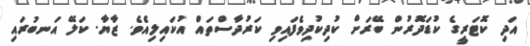
އަދި ކޮޓަރީގެ ކުޑަދޮރުން ބޭރަށް ކުދިކުދިވެފައިވި ކަރުދާސްތައް އުކައިލިއެވެ. ޒާޔާ. ކަލޭ އަނބުރައި